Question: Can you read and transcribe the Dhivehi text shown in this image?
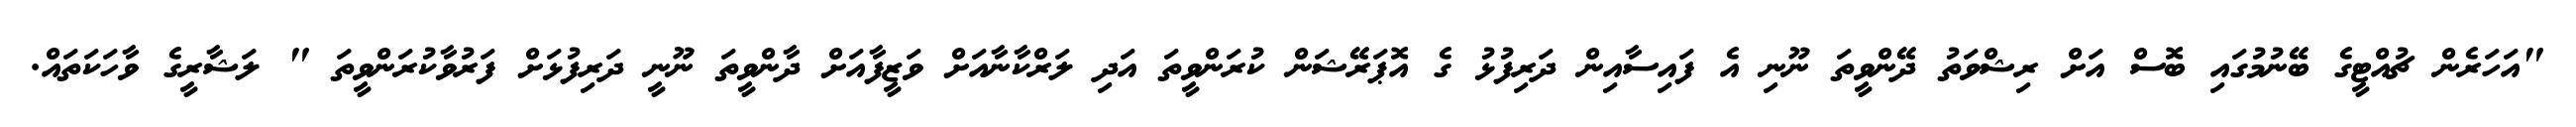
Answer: "އަހަރެން ޗުއްޓީގެ ބޭނުމުގައި ބޮސް އަށް ރިޝްވަތު ދޭންވީތަ ނޫނި އެ ފައިސާއިން ދަރިފުޅު ގެ އޮޕަރޭޝަން ކުރަންވީތަ އަދި ލަރްކާނާއަށް ވަޒީފާއަށް ދާންވީތަ ނޫނީ ދަރިފުޅަށް ފަރުވާކުރަންވީތަ " ލަޝާރީގެ ވާހަކަތައް.